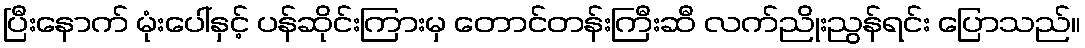
ပြီးနောက် မုံးပေါ်နှင့် ပန်ဆိုင်းကြားမှ တောင်တန်းကြီးဆီ လက်ညိုးညွန်ရင်း ပြောသည်။